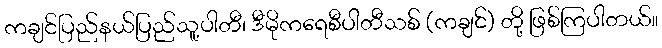
ကချင်ပြည်နယ်ပြည်သူ့ပါတီ၊ ဒီမိုကရေစီပါတီသစ် (ကချင်) တို့ ဖြစ်ကြပါတယ်။